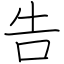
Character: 告